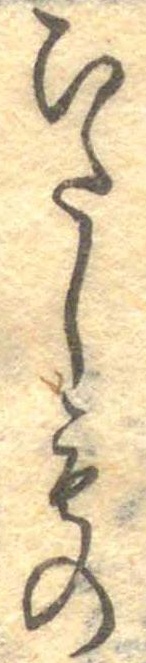
ひたしもの